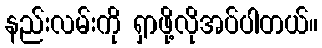
နည်းလမ်းကို ရှာဖို့လိုအပ်ပါတယ်။